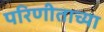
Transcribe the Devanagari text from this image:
परिणीताच्या